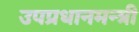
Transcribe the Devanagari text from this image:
उपप्रधानमन्त्री